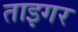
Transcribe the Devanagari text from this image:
ताइगर